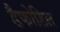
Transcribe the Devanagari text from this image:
डैफोडिल